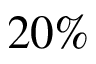
2 0 \%